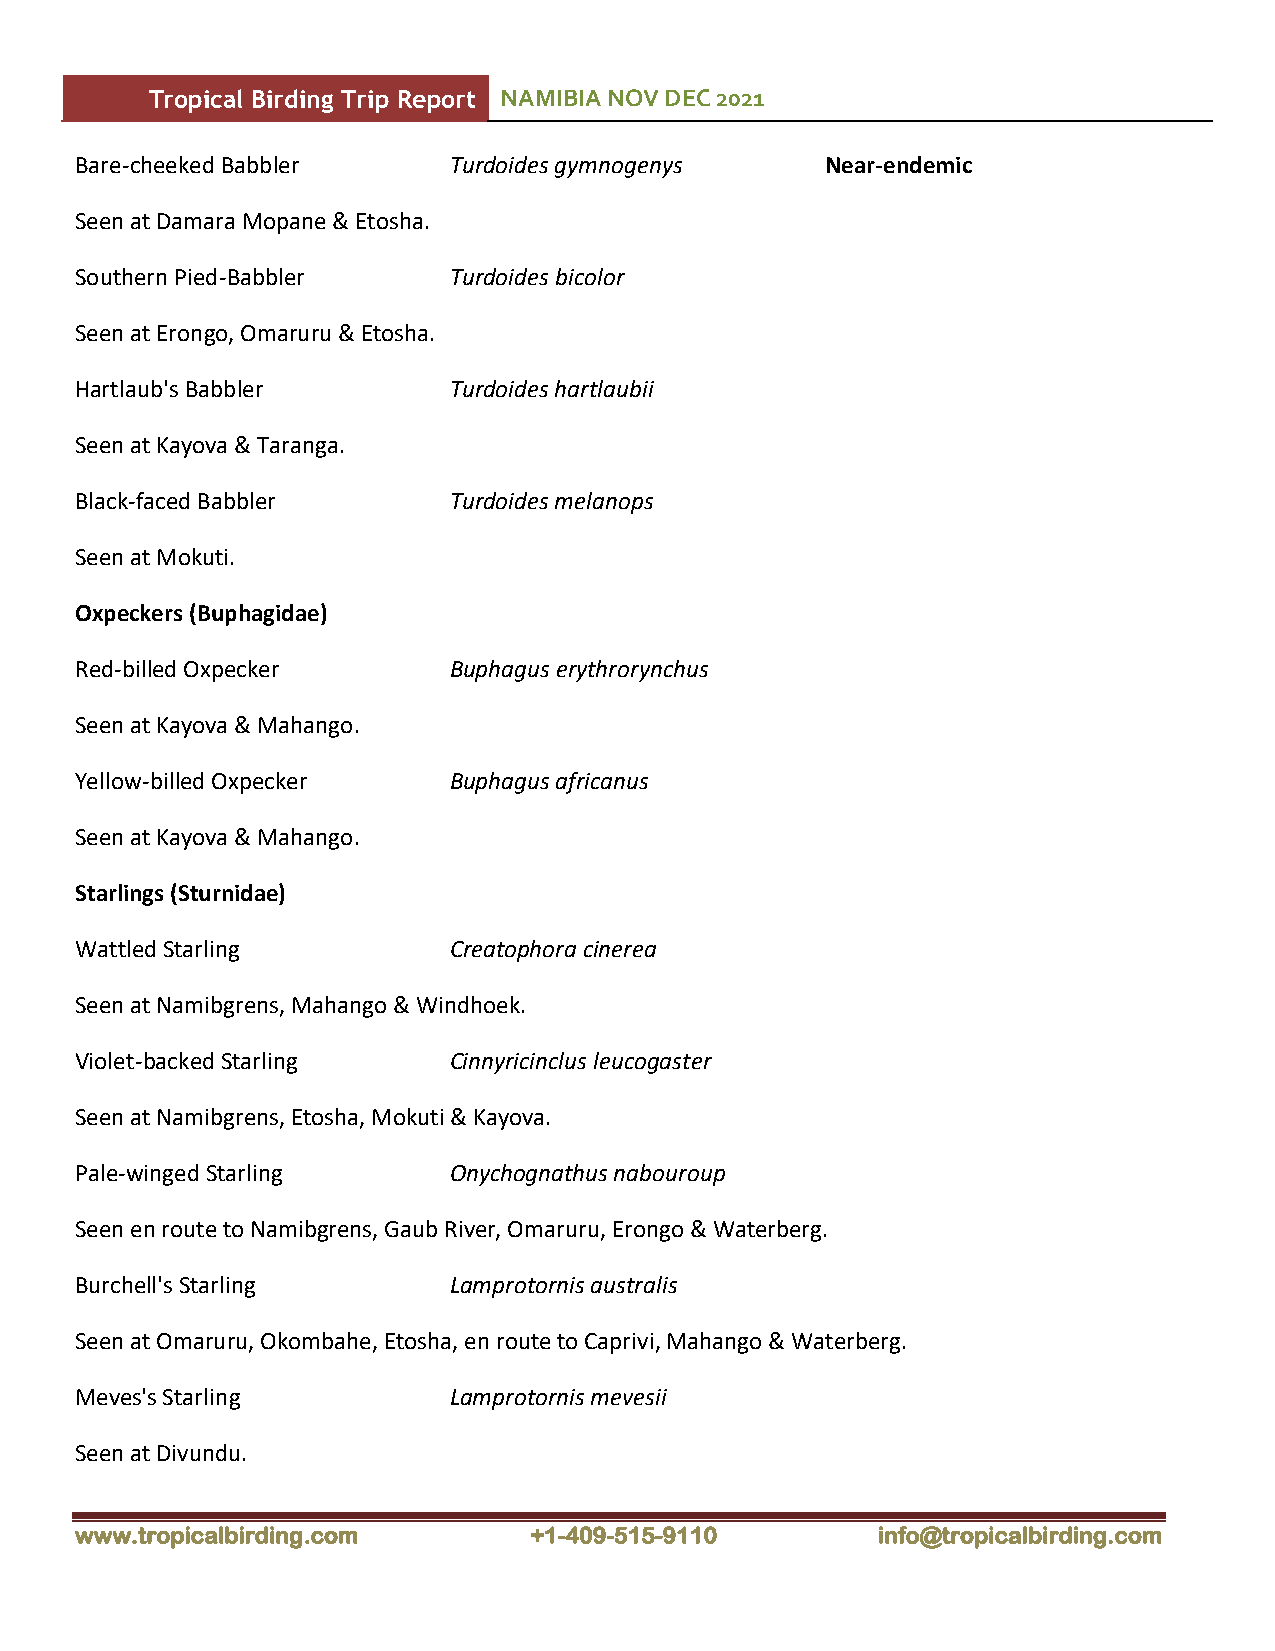
Tropical Birding Trip Report NAMIBIA NOV DEC 2021
 Bare-cheeked Babbler     Turdoides gymnogenys     Near-endemic
 Seen at Damara Mopane & Etosha.
 Southern Pied-Babbler    Turdoides bicolor
 Seen at Erongo, Omaruru & Etosha.
 Hartlaub's Babbler       Turdoides hartlaubii
 Seen at Kayova & Taranga.
 Black-faced Babbler      Turdoides melanops
 Seen at Mokuti.
 Oxpeckers (Buphagidae)
 Red-billed Oxpecker      Buphagus erythrorynchus
 Seen at Kayova & Mahango.
 Yellow-billed Oxpecker   Buphagus africanus
 Seen at Kayova & Mahango.
 Starlings (Sturnidae)
 Wattled Starling         Creatophora cinerea
 Seen at Namibgrens, Mahango & Windhoek.
 Violet-backed Starling   Cinnyricinclus leucogaster
 Seen at Namibgrens, Etosha, Mokuti & Kayova.
 Pale-winged Starling     Onychognathus nabouroup
 Seen en route to Namibgrens, Gaub River, Omaruru, Erongo & Waterberg.
 Burchell's Starling      Lamprotornis australis
 Seen at Omaruru, Okombahe, Etosha, en route to Caprivi, Mahango & Waterberg.
 Meves's Starling         Lamprotornis mevesii
 Seen at Divundu.
 www.tropicalbirding.com       +1-409-515-9110        info@tropicalbirding.com